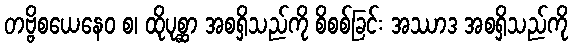
တဗ္ဗိစယေနေဝ စ၊ ထိုပုစ္ဆာ အစရှိသည်ကို စိစစ်ခြင်း အဿာဒ အစရှိသည်ကို